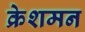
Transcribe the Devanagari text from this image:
क्रेशमन